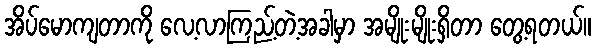
အိပ်မောကျတာကို လေ့လာကြည့်တဲ့အခါမှာ အမျိုးမျိုးရှိတာ တွေ့ရတယ်။